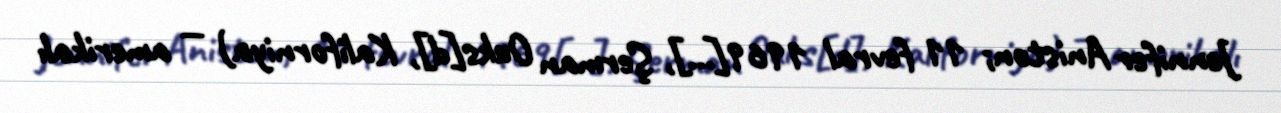
Jennifer Aniston; 11 fevral 1969[…], Şerman Ouks[d], Kaliforniya) — amerikalı